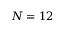
N = 1 2